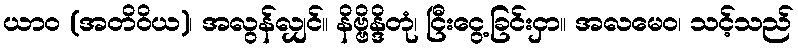
ယာဝ (အတိဝိယ)၊ အလွန်လျှင်။ နိဗ္ဗိန္ဒိတုံ၊ ငြီးငွေ့ခြင်းငှာ။ အလမေဝ၊ သင့်သည်